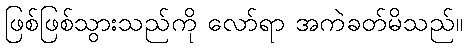
ဖြစ်ဖြစ်သွားသည်ကို လော်ရာ အကဲခတ်မိသည်။